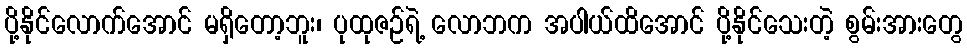
ပို့နိုင်လောက်အောင် မရှိတော့ဘူး၊ ပုထုဇဉ်ရဲ့ လောဘက အပါယ်ထိအောင် ပို့နိုင်သေးတဲ့ စွမ်းအားတွေ